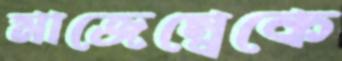
মাজেম্বেকে